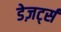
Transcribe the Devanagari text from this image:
डेज़र्ट्स